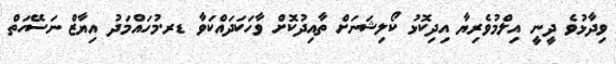
ވިދާޅުވެ ދީނީ އިލްމުވެރިޔާ އިދިކޮޅު ކޯލިޝަނަށް ތާއިދުކޮށް ވާހަކަދައްކަވާ ޑރ.މުހައްމަދު އިޔާޒް ނަސޭހަތް